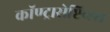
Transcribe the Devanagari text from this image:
कॉण्ट्रासेप्टिव्ह्स